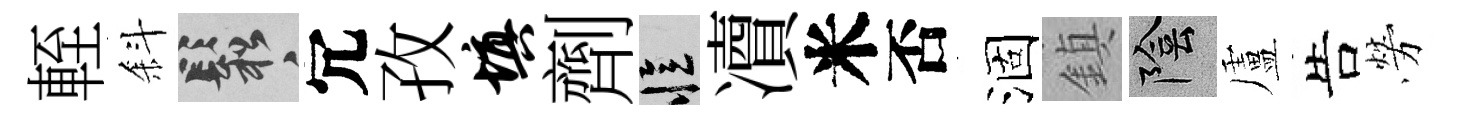
輊斜鬆冗孜填劑忆凟米否涸鎮陰盧告勞